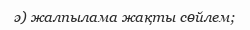
ә) жалпылама жақты сөйлем;